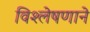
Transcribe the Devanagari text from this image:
विश्लेषणाने